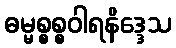
ဓမ္မစ္စစ္စဝါရနိဒ္ဒေသ